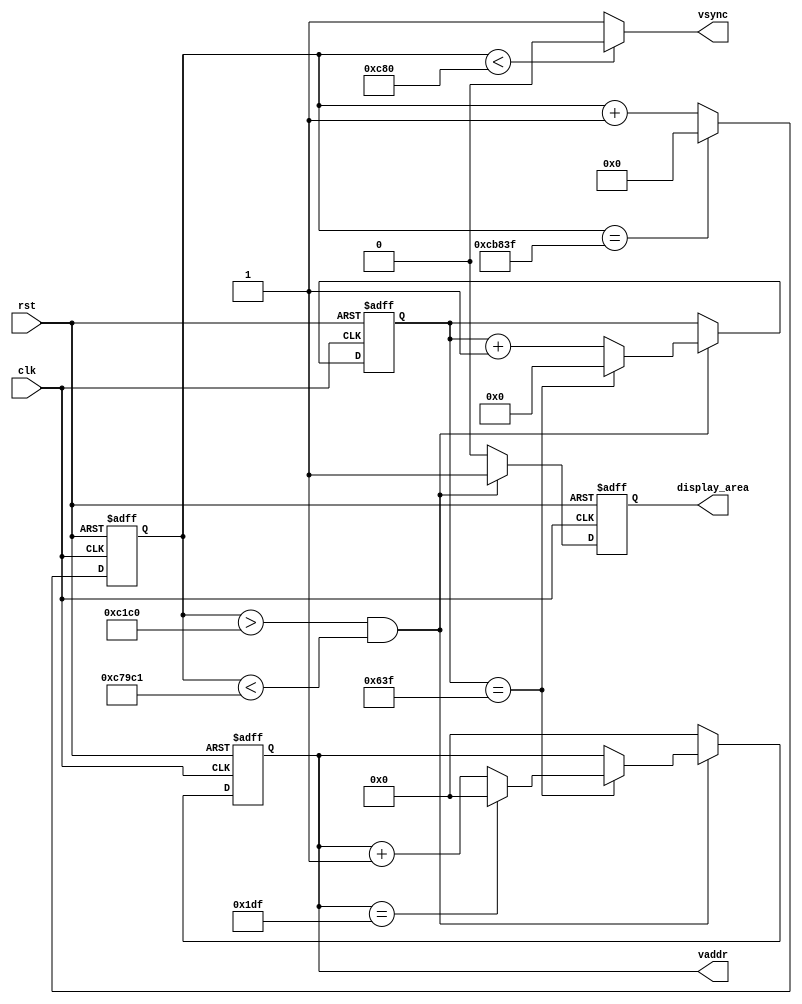
module vertical(clk,rst,vaddr,vsync,display_area);

input clk,rst;
output reg [8:0] vaddr; //mapped address
reg [10:0] divide_counter; //1/5 divider
reg [19:0] counter;
output reg display_area;
output vsync;

always@(posedge clk or posedge rst)
begin
	if(rst)
	begin
		counter <= 20'b0;
	end
	else 
	begin
		if(counter == 20'b1100_1011_1000_0011_1111)
		begin
			counter <= 20'b0;
		end
		else
		begin
			counter <= counter + 1'b1;
		end
	end
end

assign vsync = (counter < 20'b0000_0000_1100_1000_0000)? 0 : 1;

always@(posedge clk or posedge rst)
begin
	if(rst)
	begin
		vaddr <= 7'b0;
		divide_counter <= 0;
		display_area <= 0;
	end
	else
	begin
		
		if((counter > 20'd49600) && (counter < 20'd817601))
		begin
		display_area <= 1'b1;
		if(divide_counter == 11'd1599)
            begin
                divide_counter <= 0;
                if(vaddr == 9'd479)
                begin
                    vaddr <= 0;
                end
                else
                begin
                    vaddr <= vaddr + 1'b1;
                end
           end else 
           begin
                divide_counter <= divide_counter + 1'b1;
                vaddr <= vaddr;
            end
		end	
		else
		begin
			vaddr <= 7'b0;
            display_area <= 0;
		end		
	end
end

endmodule